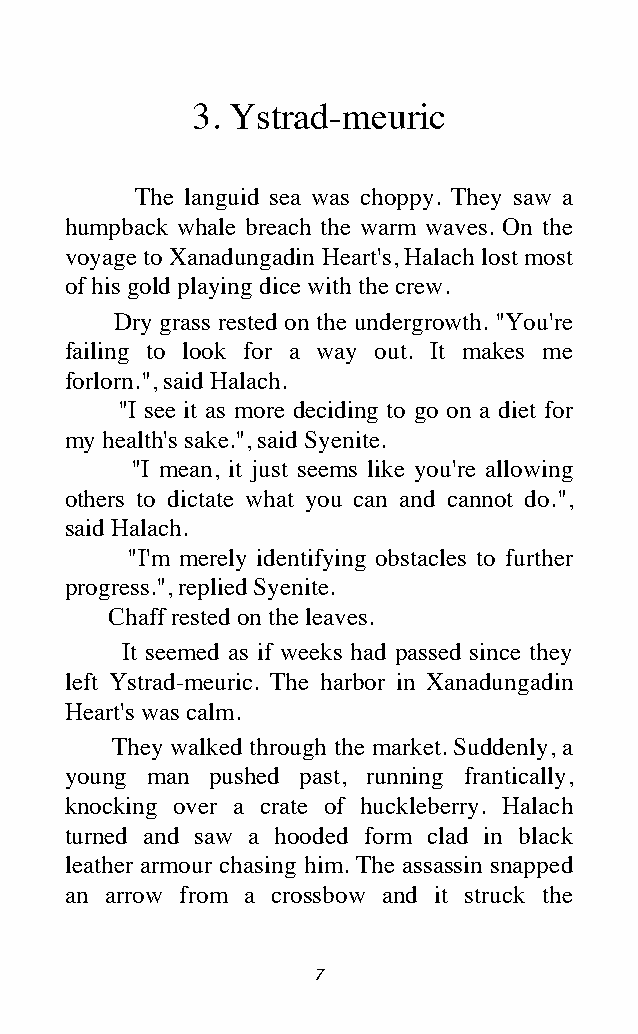
3. Ystrad-meuric
 The languid sea was choppy. They saw a
 humpback whale breach the warm waves. On the
 voyage to Xanadungadin Heart's, Halach lost most
 of his gold playing dice with the crew.
 Dry grass rested on the undergrowth. "You're
 failing to look for a way out. It makes me
 forlorn.", said Halach.
 "I see it as more deciding to go on a diet for
 my health's sake.", said Syenite.
 "I mean, it just seems like you're allowing
 others to dictate what you can and cannot do.",
 said Halach.
 "I'm merely identifying obstacles to further
 progress.", replied Syenite.
 Chaff rested on the leaves.
 It seemed as if weeks had passed since they
 left Ystrad-meuric. The harbor in Xanadungadin
 Heart's was calm.
 They walked through the market. Suddenly, a
 young man pushed past, running frantically,
 knocking over a crate of huckleberry. Halach
 turned and saw a hooded form clad in black
 leather armour chasing him. The assassin snapped
 an arrow from a crossbow and it struck the
 7